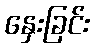
နှေးခြင်း